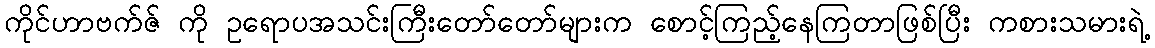
ကိုင်ဟာဗက်ဇ် ကို ဥရောပအသင်းကြီးတော်တော်များက စောင့်ကြည့်နေကြတာဖြစ်ပြီး ကစားသမားရဲ့